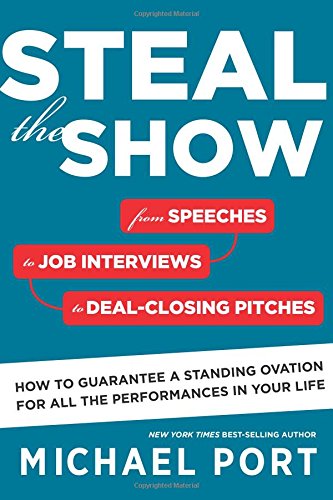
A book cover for Steal the Show: From Speeches to Job Interviews to Deal-Closing Pitches, How to Guarantee a Standing Ovation for All the Performances in Your Life; Michael Port; Business & Money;